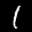
Label: 1